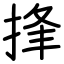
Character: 捀